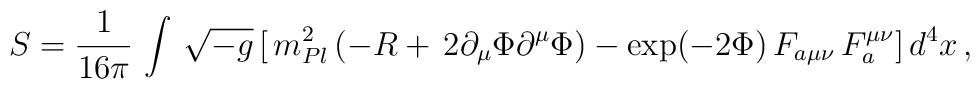
S = \frac{1}{16\pi} \, \int \, \sqrt{-g}\, [\, m^2_{Pl}\,(- R+\, 2 \partial_{\mu} \Phi \partial^{\mu} \Phi) - \exp (-2 \Phi) \, F_{a\mu\nu} \, F_a^{\mu\nu}]\, d^4x \, ,